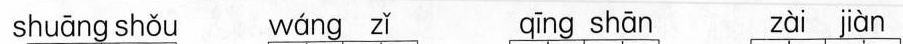
shuāng shǒt wáng zǐ qīng shān zài jàn